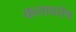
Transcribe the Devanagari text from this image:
कलावशेष